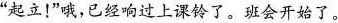
”起立！”哦，已经响过上课铃了。班会开始了。